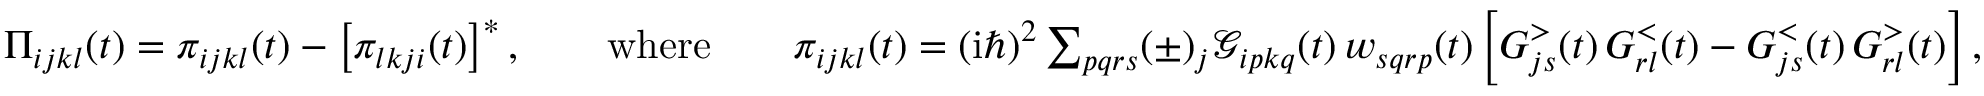
\begin{array} { r } { \Pi _ { i j k l } ( t ) = \pi _ { i j k l } ( t ) - \left[ \pi _ { l k j i } ( t ) \right] ^ { * } , \qquad \mathrm { w h e r e } \qquad \pi _ { i j k l } ( t ) = ( \mathrm { i } \hbar ) ^ { 2 } \sum _ { p q r s } ( \pm ) _ { j } \mathcal { G } _ { i p k q } ( t ) \, w _ { s q r p } ( t ) \left[ G _ { j s } ^ { > } ( t ) \, G _ { r l } ^ { < } ( t ) - G _ { j s } ^ { < } ( t ) \, G _ { r l } ^ { > } ( t ) \right] , } \end{array}